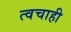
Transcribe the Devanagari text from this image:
त्वचाही